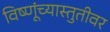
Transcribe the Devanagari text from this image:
विष्णूंच्यास्तुतीवर